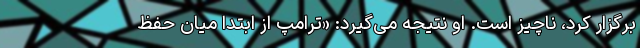
برگزار کرد، ناچیز است. او نتیجه می‌گیرد: «ترامپ از ابتدا میان حفظ